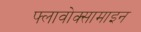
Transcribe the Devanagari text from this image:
फ्लावोक्सामाइन